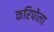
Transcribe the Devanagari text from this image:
करिपोला